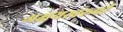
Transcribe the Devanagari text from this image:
अक्षयस्वरूपी